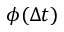
\phi ( \Delta t )